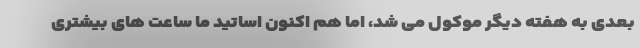
بعدی به هفته دیگر موکول می شد، اما هم اکنون اساتید ما ساعت های بیشتری